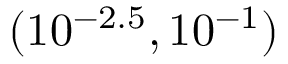
( 1 0 ^ { - 2 . 5 } , 1 0 ^ { - 1 } )